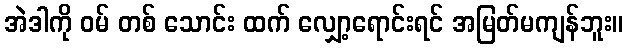
အဲဒါကို ဝမ် တစ် သောင်း ထက် လျှော့ရောင်းရင် အမြတ်မကျန်ဘူး။